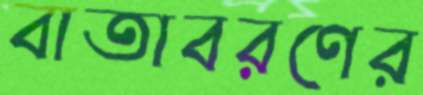
বাতাবরণের